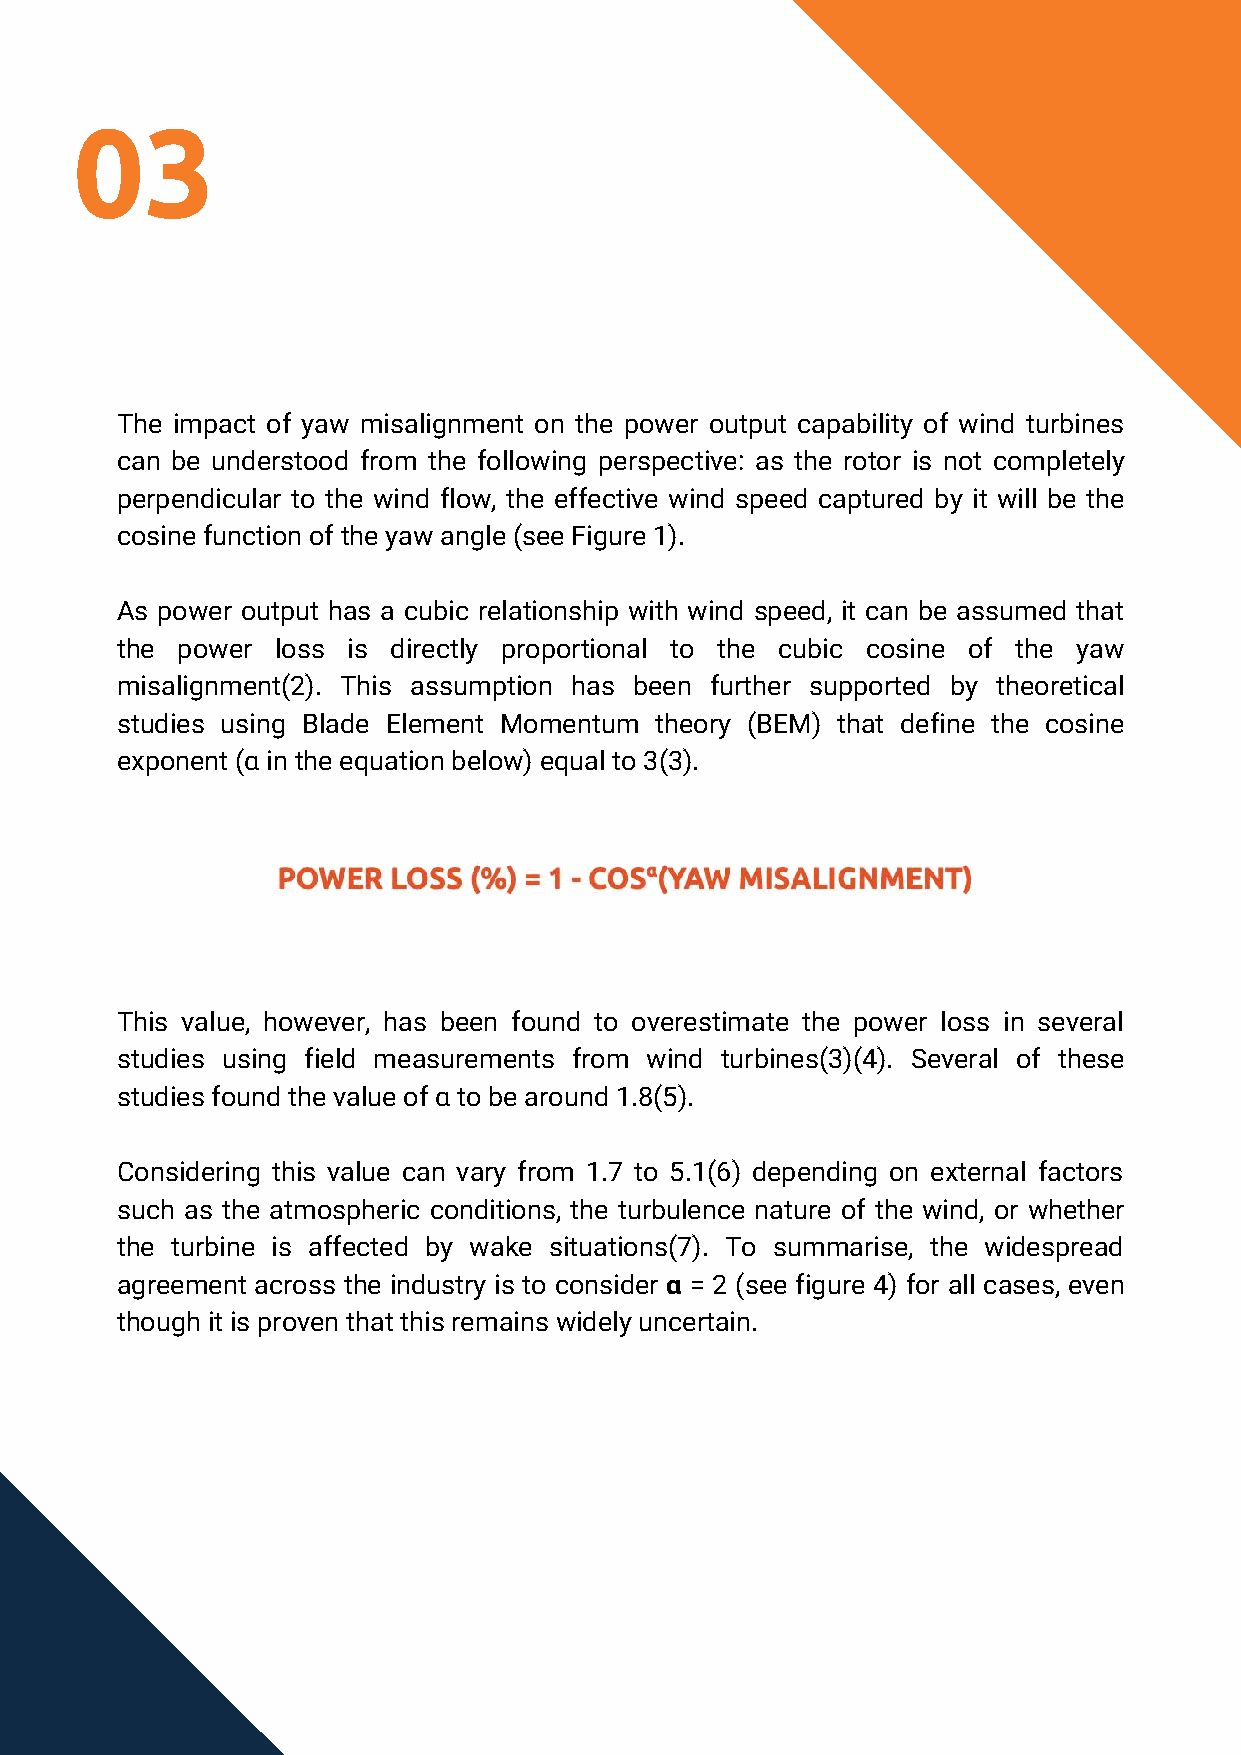
03
 The impact of yaw misalignment on the power output capability of wind turbines
 can be understood from the following perspective: as the rotor is not completely
 perpendicular to the wind flow, the effective wind speed captured by it will be the
 cosine function of the yaw angle (see Figure 1).
 As power output has a cubic relationship with wind speed, it can be assumed that
 the power loss is directly proportional to the cubic cosine of the yaw
 misalignment(2). This assumption has been further supported by theoretical
 studies using Blade Element Momentum theory (BEM) that define the cosine
 exponent (α in the equation below) equal to 3(3).
 This value, however, has been found to overestimate the power loss in several
 studies using field measurements from wind turbines(3)(4). Several of these
 studies found the value of α to be around 1.8(5).
 Considering this value can vary from 1.7 to 5.1(6) depending on external factors
 such as the atmospheric conditions, the turbulence nature of the wind, or whether
 the turbine is affected by wake situations(7). To summarise, the widespread
 agreement across the industry is to consider α = 2 (see figure 4) for all cases, even
 though it is proven that this remains widely uncertain.